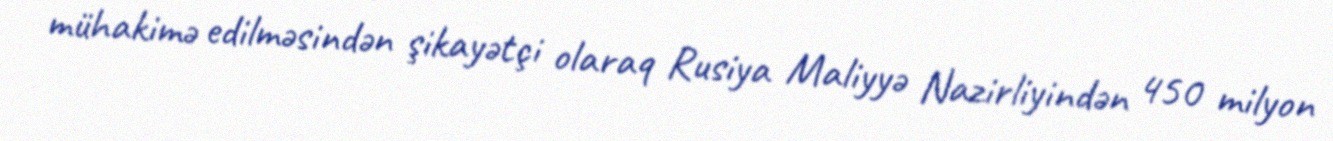
mühakimə edilməsindən şikayətçi olaraq Rusiya Maliyyə Nazirliyindən 450 milyon